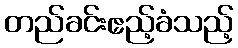
တည်ခင်းဧည့်ခံသည့်